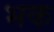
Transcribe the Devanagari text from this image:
भक